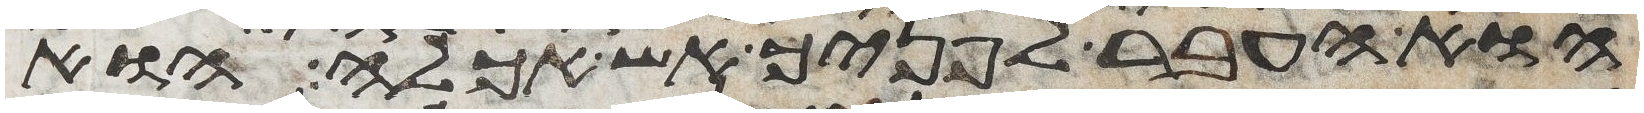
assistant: הוא העבר לפניך אש אכלה הוא